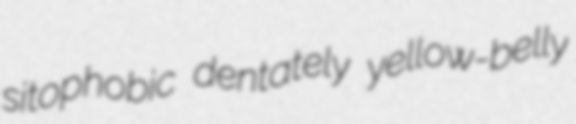
sitophobic dentately yellow-belly